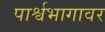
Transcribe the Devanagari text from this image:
पार्श्वभागावर